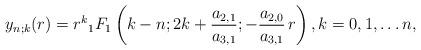
LaTeX: \begin{align*}y_{n;k}(r)=r^k {}_1F_1\left(k-n;2k+\frac{a_{2,1}}{a_{3,1}};-\frac{a_{2,0}}{a_{3,1}}\,r\right),k=0,1,\dots n,\end{align*}